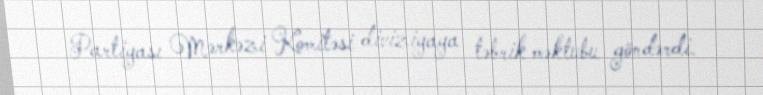
Partiyası Mərkəzi Komitəsi diviziyaya təbrik məktubu göndərdi.